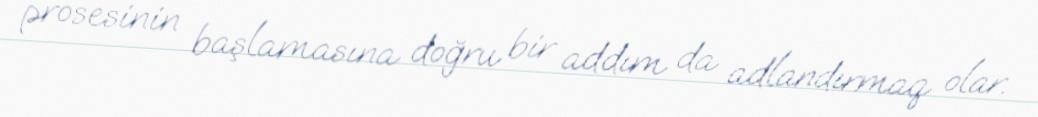
prosesinin başlamasına doğru bir addım da adlandırmaq olar.